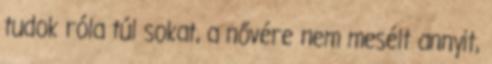
tudok róla túl sokat, a nővére nem mesélt annyit,